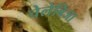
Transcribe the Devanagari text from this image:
चेलेबिजा